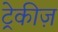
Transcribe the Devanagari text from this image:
ट्रेकीज़